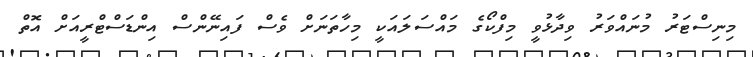
މިނިސްޓަރު މުނައްވަރު ވިދާޅުވީ މިފްކޯގެ މައްސަލައަކީ މިހާތަނަށް ވެސް ފައިނޭންސް އިންޑަސްޓްރީއަށް އޮތް